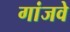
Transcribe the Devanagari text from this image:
गांजवे